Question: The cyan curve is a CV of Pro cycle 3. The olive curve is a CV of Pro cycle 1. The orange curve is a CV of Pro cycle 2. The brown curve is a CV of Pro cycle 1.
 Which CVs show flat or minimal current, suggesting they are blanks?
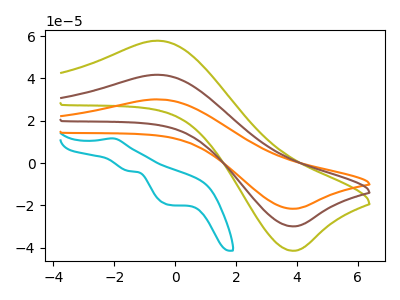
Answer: <think>The cyan curve "Pro cycle 3" has an anodic peak at (-2.05V, 11.70uA) and cathodic peaks at (-1.50V, -3.75uA) (-0.20V, -19.80uA). The olive curve "Pro cycle 1" has an anodic peak at (-0.55V, 57.80uA) and a cathodic peak at (3.80V, -41.35uA). The orange curve "Pro cycle 2" has an anodic peak at (-0.55V, 83.45uA) and a cathodic peak at (3.80V, -59.70uA). The brown curve "Pro cycle 1" has an anodic peak at (-0.55V, 41.70uA) and a cathodic peak at (3.80V, -29.85uA).</think>
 <answer>There are not any CV's on this graph that are likely to be blanks.</answer>
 <eval>none</eval>